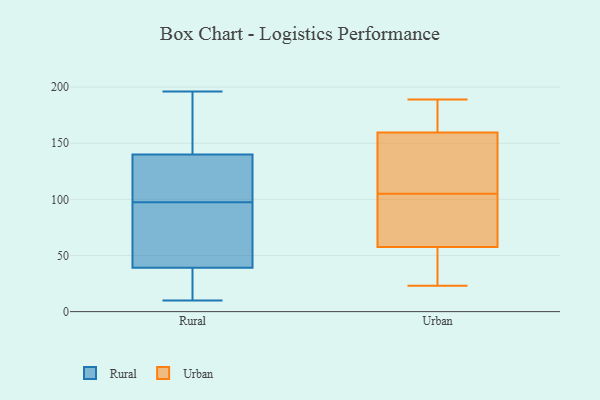
{"axis": {"x": "Page Views", "y": "Value"}, "legend": ["Rural", "Urban"], "data": [{"x": "", "y": 39, "type": "Rural"}, {"x": "", "y": 125, "type": "Rural"}, {"x": "", "y": 155, "type": "Rural"}, {"x": "", "y": 21, "type": "Rural"}, {"x": "", "y": 26, "type": "Rural"}, {"x": "", "y": 140, "type": "Rural"}, {"x": "", "y": 128, "type": "Rural"}, {"x": "", "y": 76, "type": "Rural"}, {"x": "", "y": 66, "type": "Rural"}, {"x": "", "y": 196, "type": "Rural"}, {"x": "", "y": 10, "type": "Rural"}, {"x": "", "y": 188, "type": "Rural"}, {"x": "", "y": 119, "type": "Rural"}, {"x": "", "y": 30, "type": "Rural"}, {"x": "", "y": 137, "type": "Rural"}, {"x": "", "y": 158, "type": "Rural"}, {"x": "", "y": 75, "type": "Rural"}, {"x": "", "y": 67, "type": "Rural"}, {"x": "", "y": 25, "type": "Urban"}, {"x": "", "y": 65, "type": "Urban"}, {"x": "", "y": 86, "type": "Urban"}, {"x": "", "y": 189, "type": "Urban"}, {"x": "", "y": 140, "type": "Urban"}, {"x": "", "y": 23, "type": "Urban"}, {"x": "", "y": 166, "type": "Urban"}, {"x": "", "y": 177, "type": "Urban"}, {"x": "", "y": 55, "type": "Urban"}, {"x": "", "y": 118, "type": "Urban"}, {"x": "", "y": 105, "type": "Urban"}]}